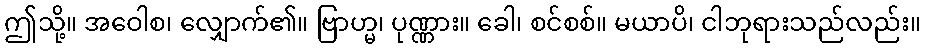
ဤသို့။ အဝေါစ၊ လျှောက်၏။ ဗြာဟ္မ၊ ပုဏ္ဏား။ ခေါ၊ စင်စစ်။ မယာပိ၊ ငါဘုရားသည်လည်း။